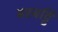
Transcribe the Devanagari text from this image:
बरबट्टि